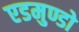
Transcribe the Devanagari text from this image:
एडमुण्डो